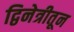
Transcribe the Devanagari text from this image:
द्विनेत्रीतून